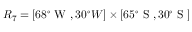
R _ { 7 } = [ 6 8 ^ { \circ } \mathrm { ~ W ~ } , 3 0 ^ { \circ } { W } ] \times [ 6 5 ^ { \circ } \mathrm { ~ S ~ } , 3 0 ^ { \circ } \mathrm { ~ S ~ } ]